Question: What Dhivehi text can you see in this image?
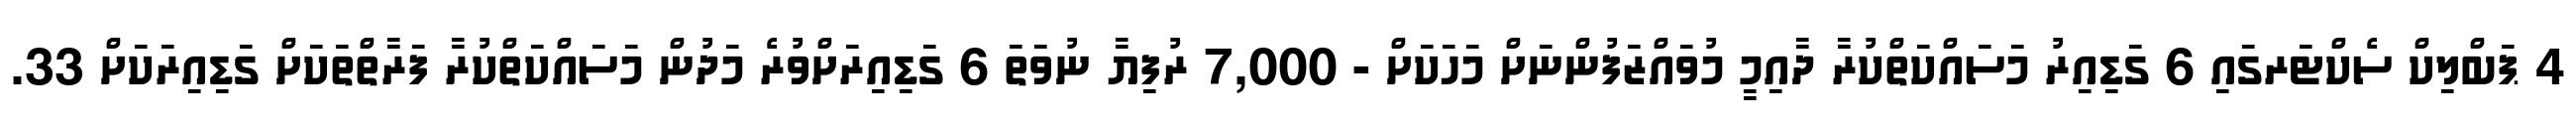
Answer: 4 ޕަބްލިކް ސެކްޓަރގައި 6 ގަޑިއިރު މަސައްކަތްކުރާ ދާއިމީ މުވައްޒަފުންނަށް މަހަކަށް - 7,000 ރުފިޔާ ނުވަތަ 6 ގަޑިއިރަށްވުރެ މަދުން މަސައްކަތްކުރާ ފަރާތްތަކަށް ގަޑިއިރަކަށް 33.